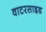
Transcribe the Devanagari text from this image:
वाटरसाइड